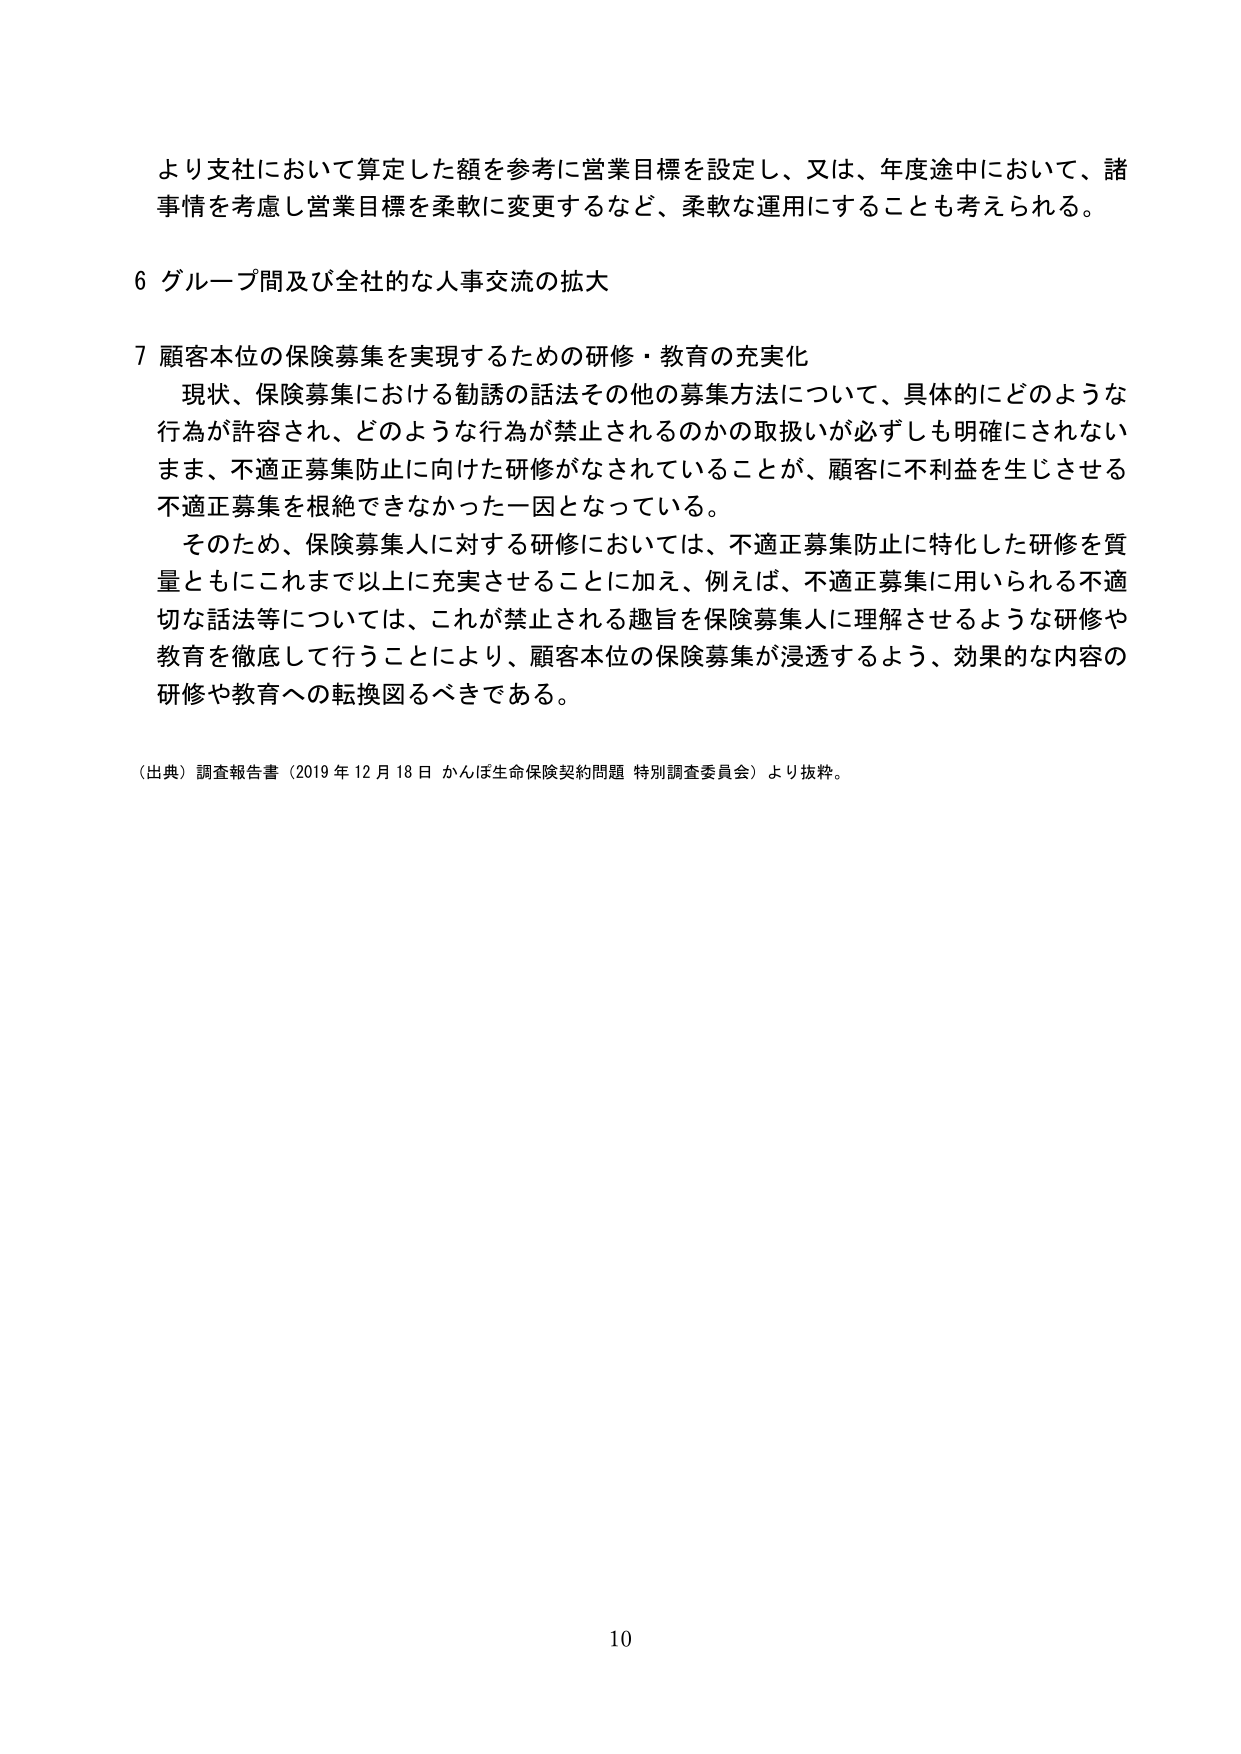
より支社において算定した額を参考に営業目標を設定し、又は、年度途中において、諸事情を考慮し営業目標を柔軟に変更するなど、柔軟な運用にすることも考えられる。

6 グループ間及び全社的な人事交流の拡大

7 顧客本位の保険募集を実現するための研修・教育の充実化
　現状、保険募集における勧誘の話法その他の募集方法について、具体的にどのような行為が許容され、どのような行為が禁止されるのかの取扱いが必ずしも明確にされないまま、不適正募集防止に向けた研修がなされていることが、顧客に不利益を生じさせる不適正募集を根絶できなかった一因となっている。
　そのため、保険募集人に対する研修においては、不適正募集防止に特化した研修を質量ともにこれまで以上に充実させることに加え、例えば、不適正募集に用いられる不適切な話法等については、これが禁止される趣旨を保険募集人に理解させるような研修や教育を徹底して行うことにより、顧客本位の保険募集が浸透するよう、効果的な内容の研修や教育への転換図るべきである。

（出典）調査報告書（2019年12月18日 かんぽ生命保険契約問題 特別調査委員会）より抜粋。

10